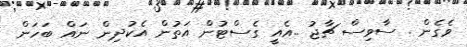
ވެގެން . ސާވިސް ޗާޖު ..އެއީ ގެސްޓުން އަތުން އެކުދިން ނައް ބަހަން